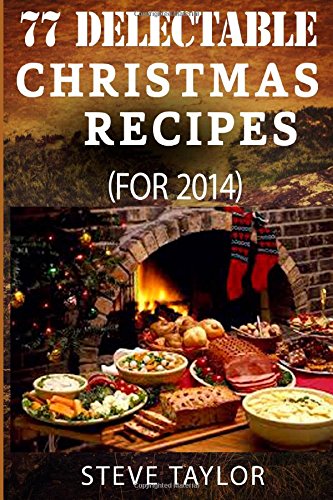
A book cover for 77 Top Delectable Christmas Recipes For 2014: Top Most Scrumptious Christmas Recipes For Your Holiday Indulgence, Special Occasion, Thanksgiving And More (Vegan, Paleo, Gluten And Grain Free Recipes); Steve Taylor; Cookbooks, Food & Wine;